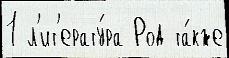
1 л'ит'ерату́ра Род та́кже